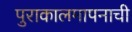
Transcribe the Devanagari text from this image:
पुराकालमापनाची